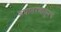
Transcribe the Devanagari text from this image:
रुपांतरणातूनच